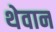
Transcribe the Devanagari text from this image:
थेवान